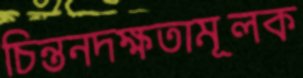
চিন্তনদক্ষতামূলক